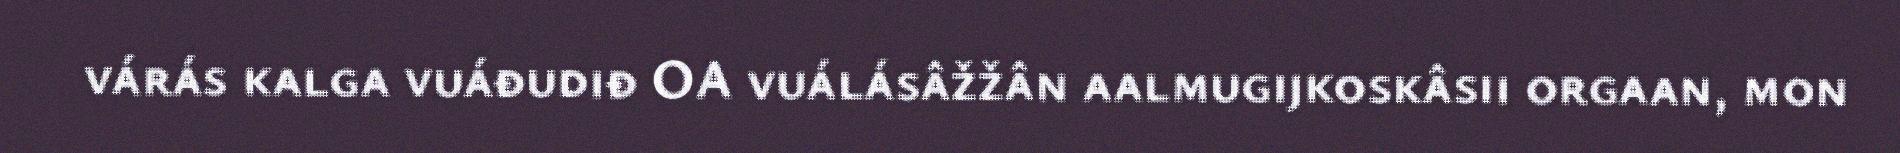
várás kalga vuáđudiđ OA vuálásâžžân aalmugijkoskâsii orgaan, mon